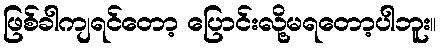
ဖြစ်ခါကျရင်တော့ ပြောင်းလို့မရတော့ပါဘူး။